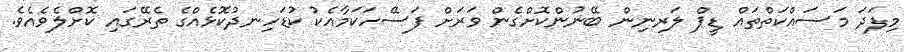
މިފަދަ މަސައްކަތްތައް ޑީޕް ލަރނިން ބޭނުންކޮށްގެން ވަރަށް ފަސޭހަކަމާއެކު ކުޑަހިނދުކޮޅެއްގެ ތެރޭގައި ކޮށްލެވެއެވެ.